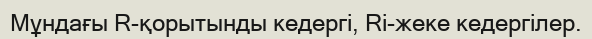
Мұндағы R-қорытынды кедергі, Rі-жеке кедергілер.